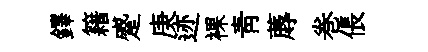
鐸籍蹙庚迹裸青蓐巻倀